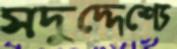
সদুদ্দেশ্যে